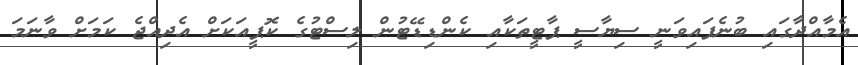
އެމާއްދާގައި ބުނެފައިވަނީ ސިޔާސީ ޕާޓީތަކާއި ކެންޑިޑޭޓުން ލިސްޓުގެ ކޮޕީއަކަށް އެދިއްޖެ ކަމަށް ވާނަމަ